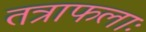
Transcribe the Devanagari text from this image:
तत्राफलाः